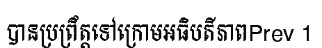
បានប្រព្រឹត្តទៅក្រោមអធិបតីភាពPrev 1